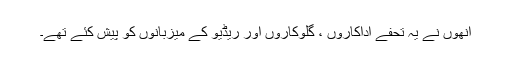
اُنھوں نے یہ تحفے اداکاروں ، گلوکاروں اور ریڈیو کے میزبانوں کو پیش کئے تھے۔